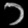
Digit: ၁